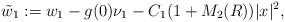
LaTeX: \begin{align*}\tilde w_1:= w_1 - g(0)\nu_1 - C_1(1+M_2(R))|x|^2, \end{align*}